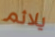
يلائم